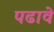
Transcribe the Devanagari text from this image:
पढावे